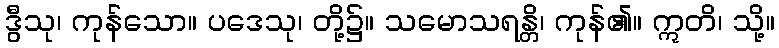
ဒွီသု၊ ကုန်သော။ ပဒေသု၊ တို့၌။ သမောသရန္တိ၊ ကုန်၏။ ဣတိ၊ သို့။